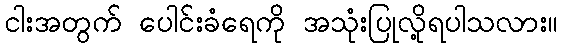
ငါးအတွက် ပေါင်းခံရေကို အသုံးပြုလို့ရပါသလား။